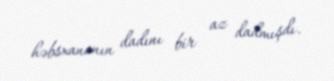
həbsxananın dadını bir az dadmışdı.